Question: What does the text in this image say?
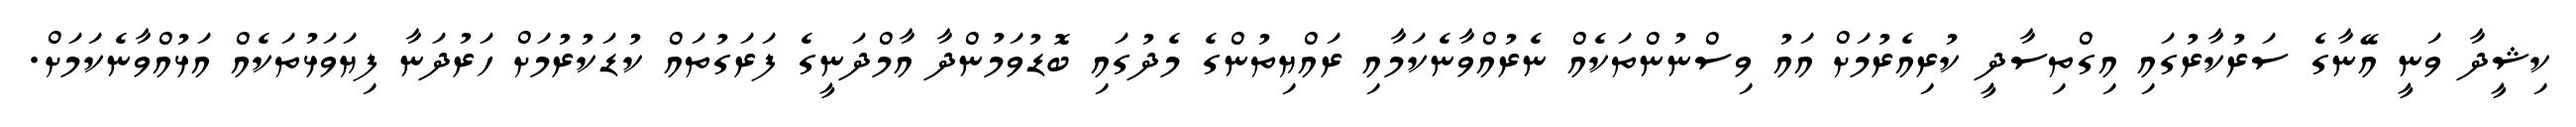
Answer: ކިޝީދާ ވަނީ އޭނާގެ ސަރުކާރުގައި އިގްތިސާދީ ކުރިއެރުމަށް އައު ވިސްނުންތަކެއް ނެރުއްވާނެކަމާއި ރައްޔިތުންގެ މެދުގައި ބޮޑުވަމުންދާ އާމްދަނީގެ ފަރަގުތައް ކުޑަކުރުމަށް ހަރުދަނާ ފިޔަވަޅުތަކެއް އަޅުއްވާނެކަމަށް.